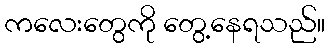
ကလေးတွေကို တွေ့နေရသည်။